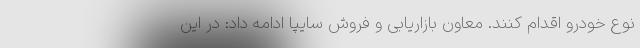
نوع خودرو اقدام کنند. معاون بازاریابی و فروش سایپا ادامه داد: در این